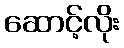
ဆောင့်လိုး